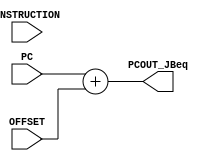
// Computer Architecture (CO224) - Lab 05
// Design: Dedicated Adder for jump/branch instruction
// Group Number : 27
// E Numbers : E/18/077, E/18/227
// Names : Dharmarathne N.S., Mudalige D.H.

module pc_adder_jbeq (
	input [31:0] PC,
    input [31:0] INSTRUCTION,
    input [31:0] OFFSET,
    output reg [31:0] PCOUT_JBeq);

    always @(INSTRUCTION) begin
		#2 PCOUT_JBeq=PC+OFFSET;
    end
endmodule